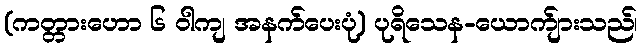
(ကတ္တားဟော ၆ ဝါကျ အနက်ပေးပုံ) ပုရိသေန-ယောက်ျားသည်၊